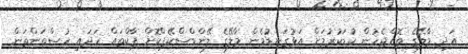
އަދި މާލޭގެ ތޮއްޖެހުން ކުޑަކުރުމަށް އަޅުގަނޑުމެން މާލޭގެ ލޭންޑްސްކޭޕްކޮށް ޕާކްތައް ހަދައި ހުސްތަންތަން